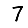
Digit: 7